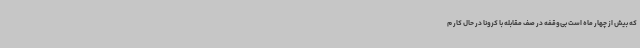
که بیش از چهار ماه است بی‌وقفه در صف مقابله با کرونا در حال کار م